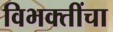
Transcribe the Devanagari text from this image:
विभक्तींचा